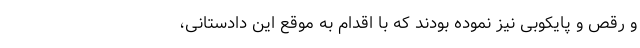
و رقص و پایکوبی نیز نموده بودند که با اقدام به موقع این دادستانی،